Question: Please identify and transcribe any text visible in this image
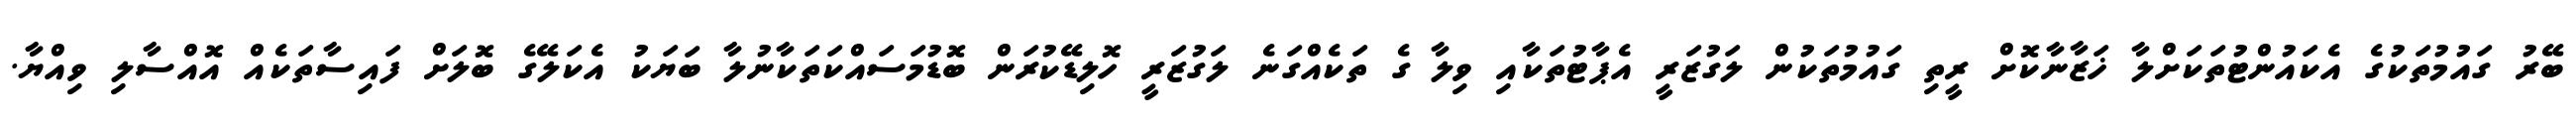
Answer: ބޭރު ގައުމުތަކުގެ އެކައުންޓުތަކަށްލާ ޚަޒާނާކޮށް ރީތި ގައުމުތަކުން ލަގުޒަރީ އެޕާޓުތަކާއި ވިލާ ގެ ތަކެއްގަނެ ލަގުޒަރީ ހޮލިޑޭކުރަން ބޮޑުމަސައްކަތަކާނުލާ ބަޔަކު އެކަލޭގެ ބޮލަށް ފައިސާތަކެއް އޮއްސާލި ވިއްޔާ.